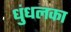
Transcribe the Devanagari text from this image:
धुंधलका